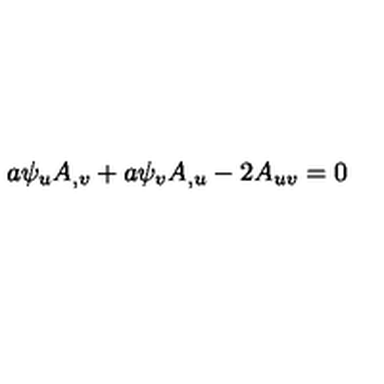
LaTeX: a \psi _ { u } A _ { , v } + a \psi _ { v } A _ { , u } - 2 A _ { u v } = 0